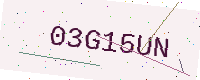
Text: 03G15UN